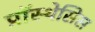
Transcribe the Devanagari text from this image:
प्रॉस्थेसिस